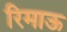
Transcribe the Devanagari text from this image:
रिमाऊ